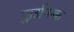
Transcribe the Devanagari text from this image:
ग्लाइफिक